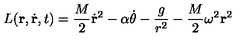
L ( { \bf r } , \dot { \bf r } , t ) = \frac { M } { 2 } \dot { \bf r } ^ { 2 } - \alpha \dot { \theta } - \frac { g } { r ^ { 2 } } - \frac { M } { 2 } \omega ^ { 2 } { \bf r } ^ { 2 }